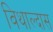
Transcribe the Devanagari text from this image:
विथाल्दास